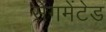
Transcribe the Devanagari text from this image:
सेगमेंटेड